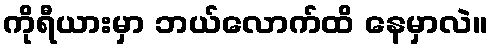
ကိုရီယားမှာ ဘယ်လောက်ထိ နေမှာလဲ။